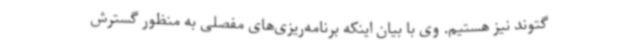
گتوند نیز هستیم. وی با بیان اینکه برنامه‌ریزی‌های مفصلی به منظور گسترش